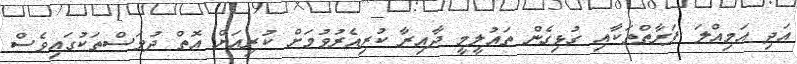
އަދި އަމިއްލަ ފަރާތްތަކާއި ގުޅިގެން ތައުލީމީ ދާއިރާ ކުރިއެރުވުމަށް ކުރިއަށް އޮތް ދުވަސްތަކުގައިވެސް